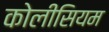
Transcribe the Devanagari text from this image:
कोलीसियम